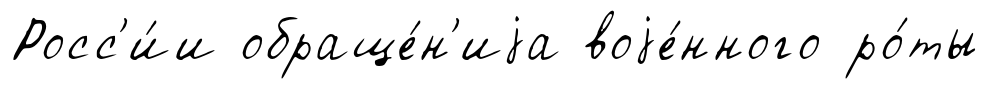
Росс'и́и обраще́н'иjа воjе́нного ро́ты